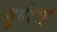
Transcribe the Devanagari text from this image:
सूर्यदाह